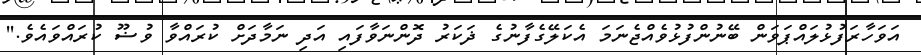
އަވަހާރަފުޅުލައްޕަވަން ބޭނުންފުޅުވެއްޖެނަމަ އެކަލޭގެފާނުގެ ޛަކަރު ދޮންނަވާފައި އަދި ނަމާދަށް ކުރައްވާ ވުޟޫ ކުރައްވައެވެ.''